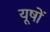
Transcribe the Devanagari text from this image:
यूषों